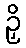
ဉှိ